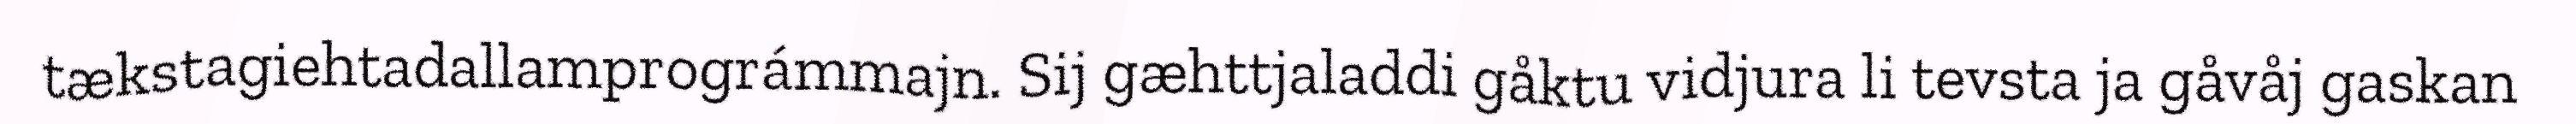
tækstagiehtadallamprográmmajn. Sij gæhttjaladdi gåktu vidjura li tevsta ja gåvåj gaskan